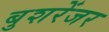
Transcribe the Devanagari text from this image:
बुशरेंजर